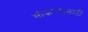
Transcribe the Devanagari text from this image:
सोकण्यासाठी